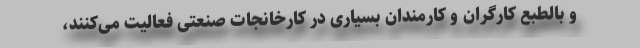
و بالطبع کارگران و کارمندان بسیاری در کارخانجات صنعتی فعالیت می‌کنند،